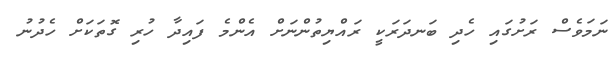
ނަމަވެސް ރަށުގައި ހެދި ބަނދަރަކީ ރައްޔިތުންނަށް އެންމެ ފައިދާ ހުރި ގޮތަކަށް ހެދުނު